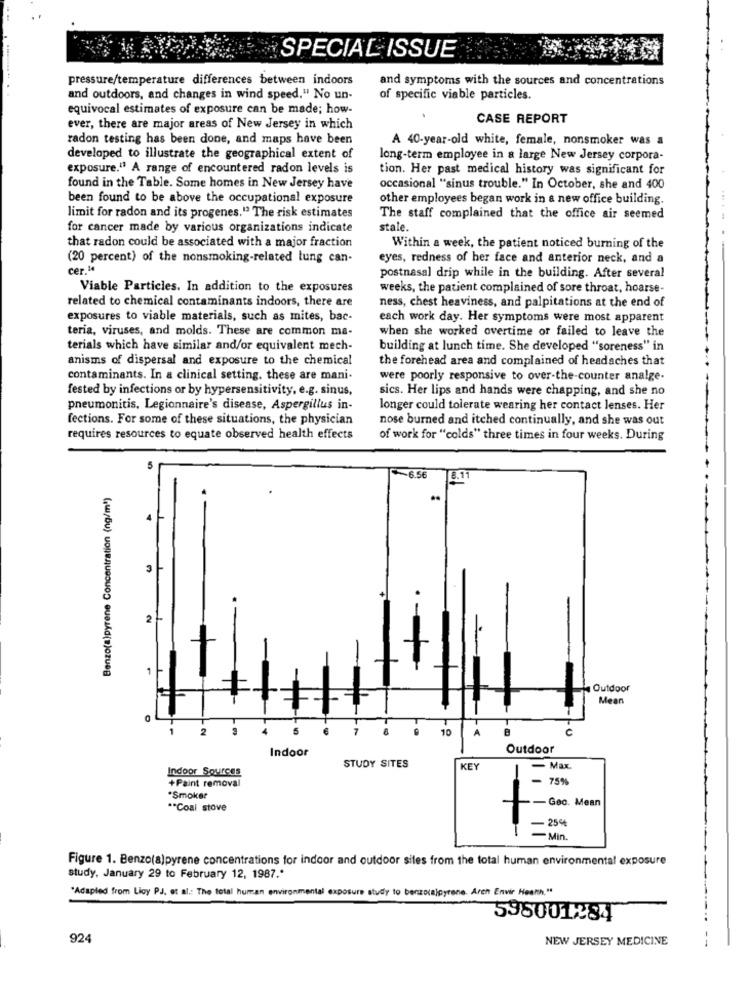
...
SPECIAL ISSUE
pressure/temperature differences between indoors
and symptoms with the sources and concentrations
and outdoors, and changes in wind speed." No un-
of specific viable particles.
equivocal estimates of exposure can be made; how-
CASE REPORT
ever, there are major areas of New Jersey in which
radon testing has been done, and maps have been
A 40-year-old white, female, nonsmoker was a
developed to illustrate the geographical extent of
long-term employee in a large New Jersey corpora-
exposure.11 A range of encountered radon levels is
tion. Her past medical history was significant for
found in the Table. Some homes in New Jersey have
occasional "sinus trouble." In October, she and 400
been found to be above the occupational exposure
other employees began work in a new office building.
limit for radon and its progenes." The risk estimates
The staff complained that the office air seemed
for cancer made by various organizations indicate
stale.
that radon could be associated with a major fraction
Within a week, the patient noticed burning of the
(20 percent) of the nonsmoking-related lung can-
eyes, redness of her face and anterior neck, and a
cer. le
postnasal drip while in the building. After several
Viable Particles. In addition to the exposures
weeks, the patient complained of sore throat, hoarse-
related to chemical contaminants indoors, there are
ness, chest heaviness, and palpitations at the end of
exposures to viable materials, such as mites, bac-
each work day. Her symptoms were most apparent
teria, viruses, and molds. These are common ma-
when she worked overtime or failed to leave the
terials which have similar and/or equivalent mech-
building at lunch time. She developed "soreness" in
anisms of dispersal and exposure to the chemical
the forehead area and complained of headaches that
contaminants. In a clinical setting. these are mani-
were poorly responsive to over-the-counter analge-
fested by infections or by hypersensitivity, e.g. sinus,
sics. Her lips and hands were chapping, and she no
pneumonitis, Legionnaire's disease, Aspergillus in-
longer could tolerate wearing her contact lenses. Her
fections. For some of these situations, the physician
nose burned and itched continually, and she was out
requires resources to equate observed health effects
of work for "colds" three times in four weeks. During
~6.56
8.11
Benzo(a)pyrene Concentration (ng/ml)
..
4
2+
1
Outdoor
Mean
10
.0
Indoor
Outdoor
Indoor Sources
STUDY SITES
KEY
Max.
+Paint removal
75%
*Smoker
Geo. Mean
** Coal stove
25%
Min.
Figure 1. Benzo(a)pyrene concentrations for indoor and outdoor sites from the total human environmental exposure
study, January 29 to February 12, 1987 .*
"Adapted from Licy PJ, et al .: The total human environmental exposure study to benzo(alpyrone. Arch Envir Heanh."
598001:34
924
NEW JERSEY MEDICINE